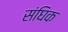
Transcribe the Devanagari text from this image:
संघिक